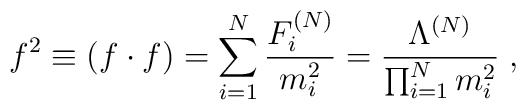
f^2 \equiv (f\cdot f) = \sum_{i=1}^N \frac{F_i^{(N)}}{m_i^2}= \frac {\Lambda^{(N)}}         {\prod_{i=1}^N m_i^2} \; ,